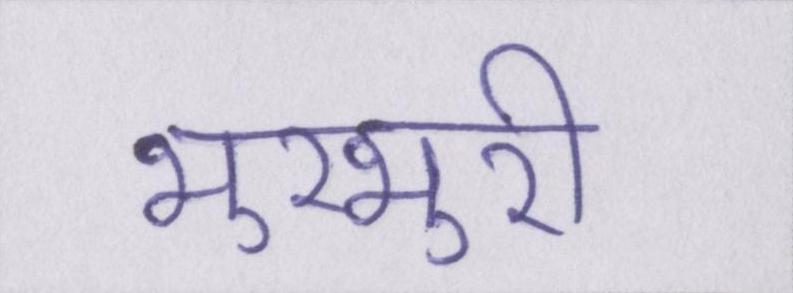
भुरभुरी